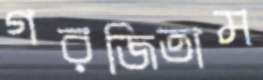
গরজিতাম